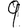
Digit: 9